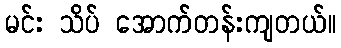
မင်း သိပ် အောက်တန်းကျတယ်။